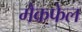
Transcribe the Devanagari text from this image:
मैकफेल